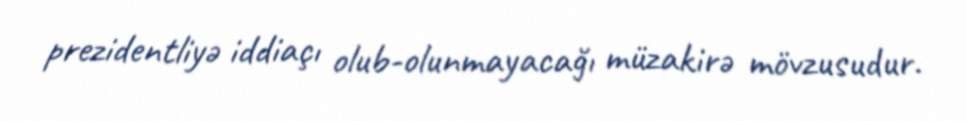
prezidentliyə iddiaçı olub-olunmayacağı müzakirə mövzusudur.